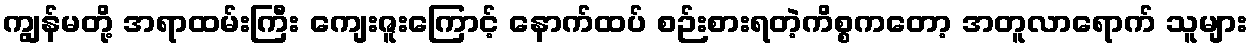
ကျွန်မတို့ အရာထမ်းကြီး ကျေးဇူးကြောင့် နောက်ထပ် စဉ်းစားရတဲ့ကိစ္စကတော့ အတူလာရောက် သူများ